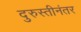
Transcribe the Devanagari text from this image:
दुरुस्तीनंतर